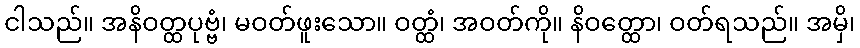
ငါသည်။ အနိဝတ္ထပုဗ္ဗံ၊ မဝတ်ဖူးသော။ ဝတ္ထံ၊ အဝတ်ကို။ နိဝတ္ထော၊ ဝတ်ရသည်။ အမှိ၊